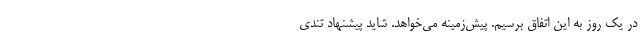
در یک روز به این اتفاق برسیم. پیش‌زمینه می‌خواهد. شاید پیشنهاد تندی